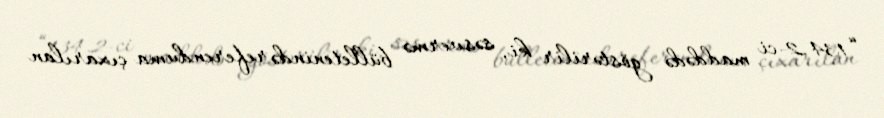
“134.2-ci maddədə göstərilir ki, səsvermə bülletenində referenduma çıxarılan